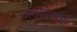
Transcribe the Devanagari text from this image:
जंतुविज्ञानी